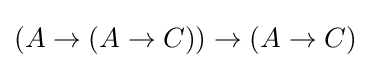
(A\to (A\to C))\to (A\to C)